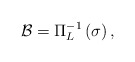
\begin{align*}\mathcal{B}=\Pi_L^{-1}\left(\sigma\right),\end{align*}